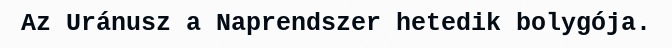
Az Uránusz a Naprendszer hetedik bolygója.